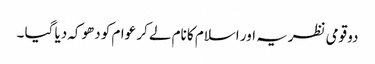
دو قومی نظریہ اور اسلام کا نام لے کر عوام کو دھوکہ دیا گیا ۔